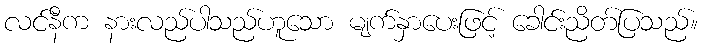
လင်နီက နားလည်ပါသည်ဟူသော မျက်နှာပေးဖြင့် ခေါင်းညိတ်ပြသည်။